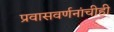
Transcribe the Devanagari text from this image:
प्रवासवर्णनांचीही